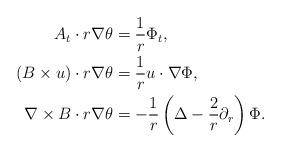
LaTeX: \begin{align*}A_t\cdot r\nabla \theta&=\frac{1}{r} \Phi_t,\\(B\times u)\cdot r\nabla \theta&=\frac{1}{r} u\cdot \nabla \Phi, \\\nabla \times B\cdot r\nabla \theta&=-\frac{1}{r}\left(\Delta-\frac{2}{r}\partial_r \right)\Phi.\end{align*}